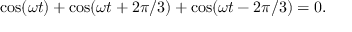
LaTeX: \cos ( \omega t ) + \cos ( \omega t + 2 \pi / 3 ) + \cos ( \omega t - 2 \pi / 3 ) = 0 .